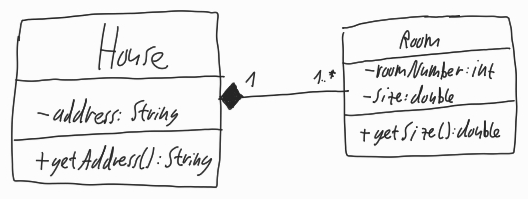
Diagram type: class_diagram
```plantuml
@startuml

class House {
  - address: String
  + getAddress(): String
}

class Room {
  - roomNumber: int
  - size: double
  + getSIze(): double
}

House "1" *-- "1..*" Room

@enduml
```